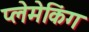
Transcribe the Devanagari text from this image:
प्लेमेकिंग